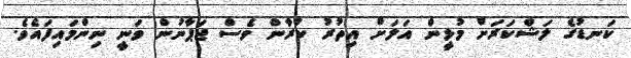
ކަނޑުގެ ލަޝްކަރަށް މުޅީން އަލަށް އިތުރު ކުރާން ވެސް ޖަޕާނުން ވަނީ ނިންމައިފައެވެ.